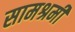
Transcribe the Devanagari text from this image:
सामश्रमी